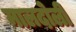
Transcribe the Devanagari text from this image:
मालदोली